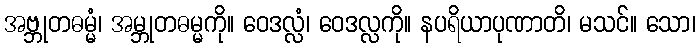
အဗ္ဘုတဓမ္မံ၊ အမ္ဘုတဓမ္မကို။ ဝေဒလ္လံ၊ ဝေဒလ္လကို။ နပရိယာပုဏာတိ၊ မသင်။ သော၊